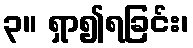
၃။ ရှာ၍ရခြင်း၊